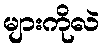
များကိုလဲ